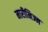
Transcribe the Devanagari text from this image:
मारीनिज्म